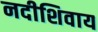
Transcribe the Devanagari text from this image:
नदीशिवाय